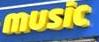
music